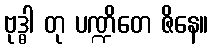
ဗုဒ္ဓါ တု ပဏ္ဍိတေ ဇိနေ။